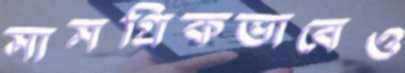
সামগ্রিকভাবেও